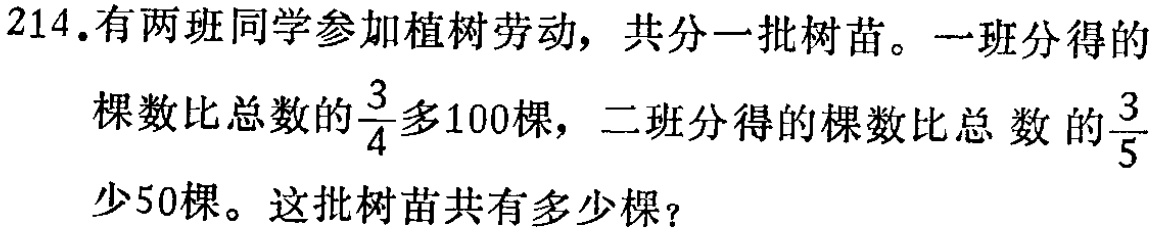
214.有两班同学参加植树劳动，共分一批树苗。一班分得的

棵数比总数的$\frac{3}{4}$多100棵，二班分得的棵数比总 数 的$\frac{3}{5}$

少50棵。这批树苗共有多少棵？